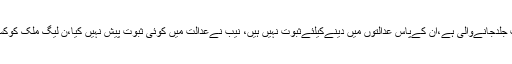
انہوں نے بتایا کہ احسن اقبال کی 3 روزقبل سرجری ہوئی، عمران خان کی حکومت جلدجانےوالی ہے،ان کےپاس عدالتوں میں دینےکیلئےثبوت نہیں ہیں، نیب نےعدالت میں کوئی ثبوت پیش نہیں کیا،ن لیگ ملک کوکسی اناڑی کےہاتھ میں نہیں رہنےدےگی، حکومت نےملک کوآئی ایم ایف کوبیچ دیا۔